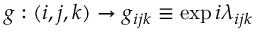
g : ( i , j , k ) \rightarrow g _ { i j k } \equiv \exp { i \lambda _ { i j k } }